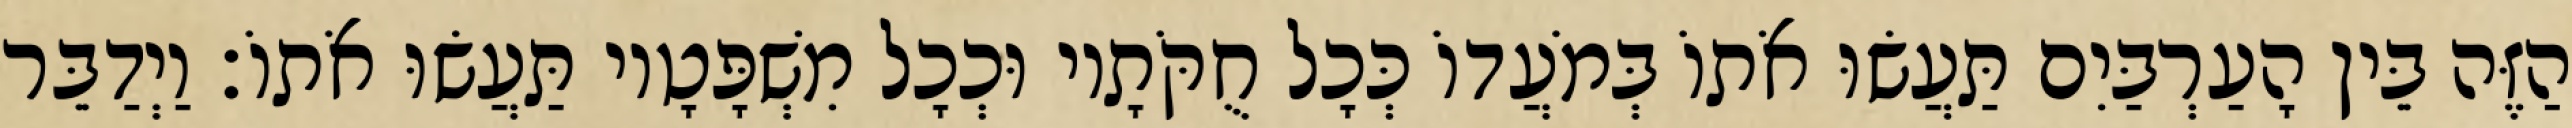
הַזֶּה בֵּין הָעַרְבַּיִם תַּעֲשׂוּ אֹתוֹ בְּמֹעֲדוֹ כְּכָל חֻקֹּתָיו וּכְכָל מִשְׁפָּטָיו תַּעֲשׂוּ אֹתוֹ׃ וַיְדַבֵּר